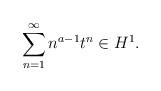
LaTeX: \begin{align*}\sum_{n=1}^{\infty} n^{a-1} t^n \in H^1.\end{align*}